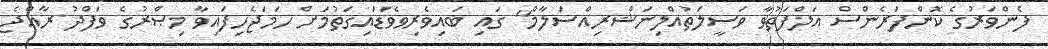
ފެންވަރުގެ ކޮންފަރެންސް އަލްފަތުވާ ވަސީލަތުއްލިނަޝްރިއްސަލާމް" ގައި ބައިވެރިވެވަޑައިގަތުމަށް ހަމަޖެހިފައިވާ މިޞްރުގެ ވަފްދު ރާއްޖެ